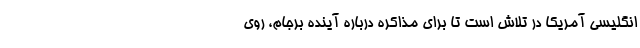
انگلیسی آمریکا در تلاش است تا برای مذاکره درباره آینده برجام، روی